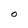
Character: O